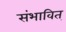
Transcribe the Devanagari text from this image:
संभावित्